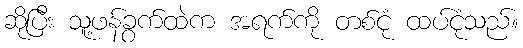
ဆိုပြီး သူ့ဖန်ခွက်ထဲက အရက်ကို တစ်ငုံ ထပ်ငုံသည်။